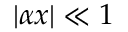
| \alpha x | \ll 1